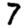
Digit: 7